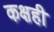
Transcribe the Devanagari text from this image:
कक्षही